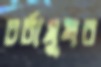
চর্চামুখর